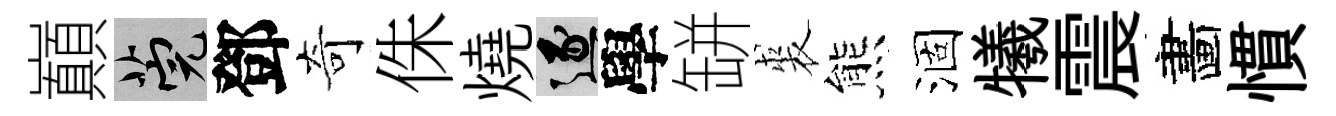
巔筦鄧奇侏燒逐學缾裘熊涸犧震畵慣